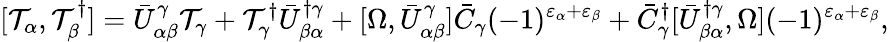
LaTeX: [{\cal T}_{\alpha},{\cal T}_{\beta}^{\dagger}]=\bar{U}_{\alpha\beta}^{\gamma}{\cal T}_{\gamma}+{\cal T}_{\gamma}^{\dagger}\bar{U}_{\beta\alpha}^{\dagger\gamma}+[\Omega,\bar{U}_{\alpha\beta}^{\gamma}]\bar{C}_{\gamma}(-1)^{\varepsilon_{\alpha}+\varepsilon_{\beta}}+\bar{C}_{\gamma}^{\dagger}[\bar{U}_{\beta\alpha}^{\dagger\gamma},\Omega](-1)^{\varepsilon_{\alpha}+\varepsilon_{\beta}},